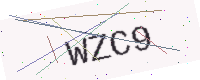
Text: WZC9